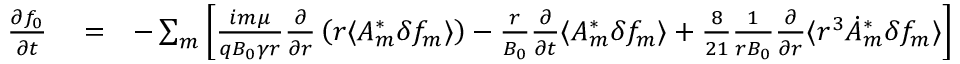
\begin{array} { r l r } { \frac { \partial f _ { 0 } } { \partial t } } & { { } = } & { - \sum _ { m } \left[ \frac { i m \mu } { q B _ { 0 } \gamma r } \frac { \partial } { \partial r } \left( r \langle A _ { m } ^ { * } \delta f _ { m } \rangle \right) - \frac { r } { B _ { 0 } } \frac { \partial } { \partial t } \langle { A } _ { m } ^ { * } \delta f _ { m } \rangle + \frac { 8 } { 2 1 } \frac { 1 } { r B _ { 0 } } \frac { \partial } { \partial r } \langle r ^ { 3 } \dot { A } _ { m } ^ { * } \delta f _ { m } \rangle \right] } \end{array}